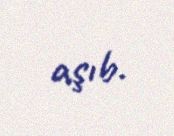
aşıb.